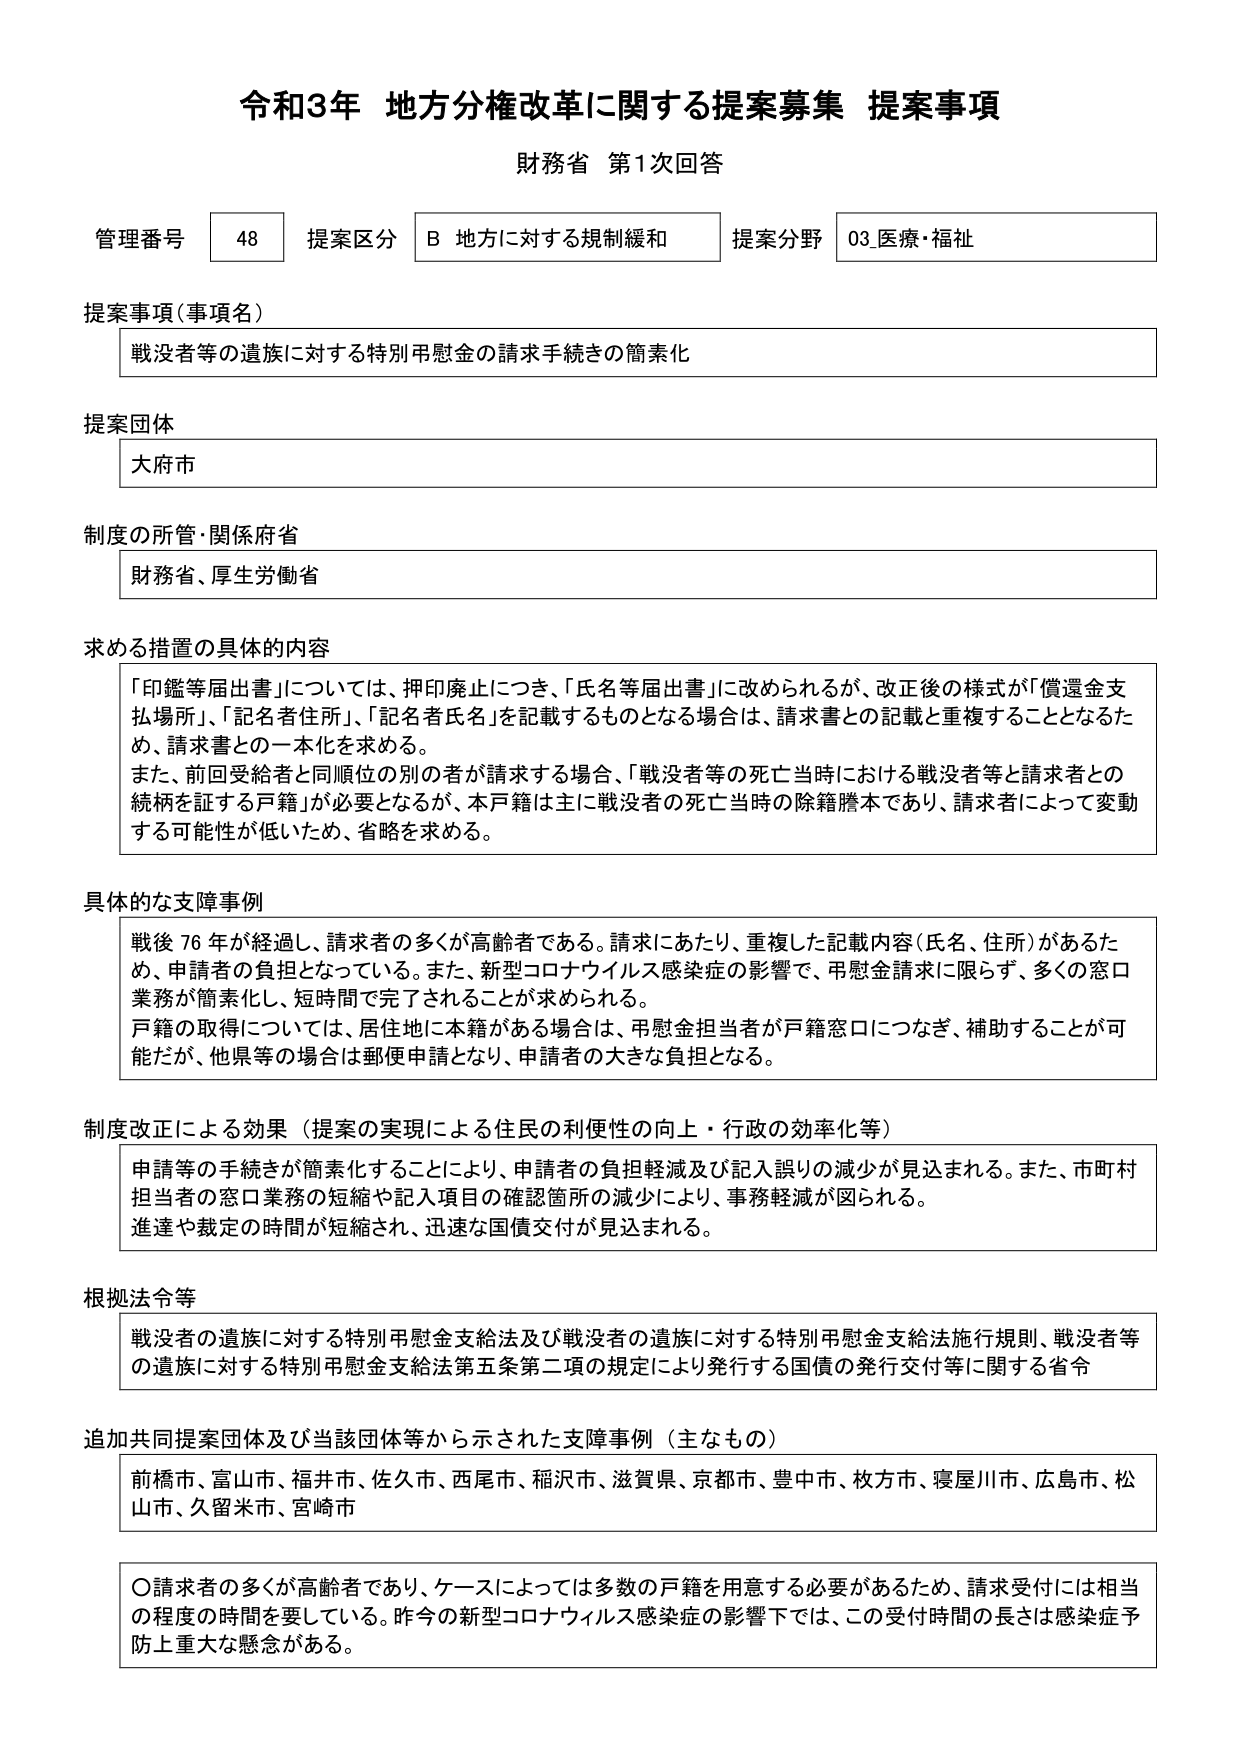
令和3年 地方分権改革に関する提案募集 提案事項
財務省 第1次回答

管理番号 48 提案区分 B 地方に対する規制緩和 提案分野 03.医療・福祉

提案事項（事項名）
戦没者等の遺族に対する特別弔慰金の請求手続きの簡素化

提案団体
大府市

制度の所管・関係府省
財務省、厚生労働省

求める措置の具体的内容
「印鑑等届出書」については、押印廃止につき、「氏名等届出書」に改められるが、改正後の様式が「償還金支払場所」、「記名者住所」、「記名者氏名」を記載するものとなる場合は、請求書との記載と重複することとなるため、請求書との一本化を求める。
また、前回受給者と同順位の別の者が請求する場合、「戦没者等の死亡当時における戦没者等と請求者との続柄を証する戸籍」が必要となるが、本戸籍は主に戦没者の死亡当時の除籍謄本であり、請求者によって変動する可能性が低いため、省略を求める。

具体的な支障事例
戦後76年が経過し、請求者の多くが高齢者である。請求にあたり、重複した記載内容（氏名、住所）があるため、申請者の負担となっている。また、新型コロナウイルス感染症の影響で、弔慰金請求に限らず、多くの窓口業務が簡素化し、短時間で完了されることが求められる。
戸籍の取得については、居住地に本籍がある場合は、弔慰金担当者が戸籍窓口につなぎ、補助することが可能だが、他県等の場合は郵便申請となり、申請者の大きな負担となる。

制度改正による効果（提案の実現による住民の利便性の向上・行政の効率化等）
申請等の手続きが簡素化することにより、申請者の負担軽減及び記入誤りの減少が見込まれる。また、市町村担当者の窓口業務の短縮や記入項目の確認箇所の減少により、事務軽減が図られる。
進達や裁定の時間が短縮され、迅速な国債交付が見込まれる。

根拠法令等
戦没者の遺族に対する特別弔慰金支給法及び戦没者の遺族に対する特別弔慰金支給法施行規則、戦没者等の遺族に対する特別弔慰金支給法第五条第二項の規定により発行する国債の発行交付等に関する省令

追加共同提案団体及び当該団体等から示された支障事例（主なもの）
前橋市、富山市、福井市、佐久市、西尾市、稲沢市、滋賀県、京都市、豊中市、枚方市、寝屋川市、広島市、松山市、久留米市、宮崎市

〇請求者の多くが高齢者であり、ケースによっては多数の戸籍を用意する必要があるため、請求受付には相当の程度の時間を要している。昨今の新型コロナウイルス感染症の影響下では、この受付時間の長さは感染症予防上重大な懸念がある。